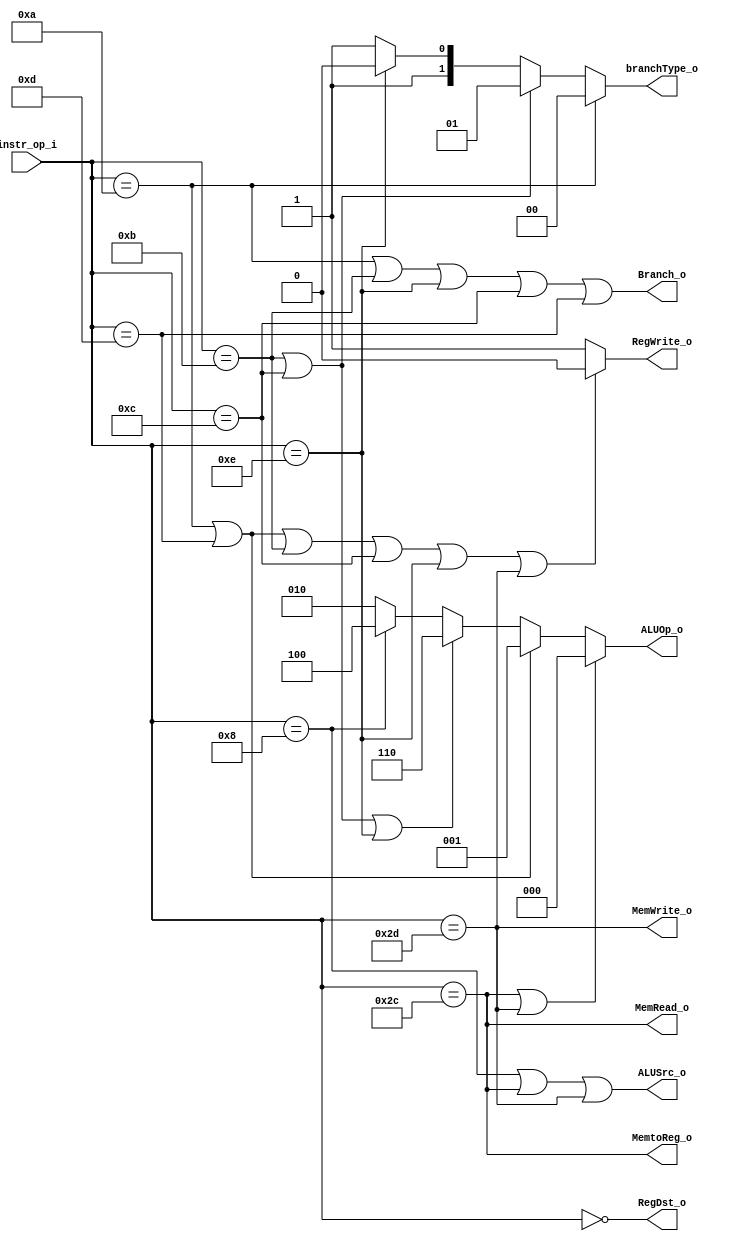
module Decoder(
	instr_op_i,
	RegWrite_o,
	ALUOp_o,
	ALUSrc_o,
	RegDst_o,
	Branch_o,
	branchType_o,
	// Jump_o,
	MemRead_o,
	MemWrite_o,
	MemtoReg_o,
	);

//I/O ports
input	[6-1:0] instr_op_i;

output			RegWrite_o;
output	[3-1:0] ALUOp_o;
output			ALUSrc_o;
output			RegDst_o;
output			Branch_o;
output	[2-1:0] branchType_o;
// output			Jump_o;
output			MemRead_o;
output			MemWrite_o;
output			MemtoReg_o;

//Internal Signals
wire	[3-1:0] ALUOp_o;
wire			ALUSrc_o;
wire			RegWrite_o;
wire			RegDst_o;

wire			Branch_o;
wire 	[2-1:0] branchType_o;
// wire			Jump_o;
wire			MemRead_o;
wire			MemWrite_o;
wire			MemtoReg_o;

//Main function
parameter r_format = 6'b000000, lw = 6'b101100, sw = 6'b101101, 
		beq = 6'b001010, bne = 6'b001011, addi = 6'b001000, 
		// j = 6'b000010, jal = 6'b000011, jr = 6'b000000,
		blt = 6'b001110, bnez = 6'b001100, bgez = 6'b001101;

assign ALUOp_o = (instr_op_i==lw || instr_op_i==sw) ? 3'b000 : // lw, sw
				(instr_op_i==beq || instr_op_i==bgez) ? 3'b001 :  // beq
				(instr_op_i==bne || instr_op_i==bnez || instr_op_i==blt) ? 3'b110 :  // bne
				(instr_op_i==addi) ? 3'b100 : // addi
				3'b010;                       // R-format
assign ALUSrc_o = (instr_op_i==addi || instr_op_i==lw || instr_op_i==sw); // 1 for addi, lw, sw
assign RegWrite_o = (instr_op_i==beq || instr_op_i==bgez || instr_op_i==bne || instr_op_i==bnez || instr_op_i==blt || instr_op_i==sw) ? 1'b0 : 1'b1; // 0 for beq, bne, sw
assign RegDst_o = (instr_op_i==r_format); //(instr_op_i==addi || instr_op_i==lw) ? 1'b0 : 1'b1; // 0 for addi, lw
assign Branch_o = (instr_op_i==beq || instr_op_i==bne || instr_op_i==blt || instr_op_i==bnez || instr_op_i==bgez); // 1 for beq, bne
assign branchType_o = (instr_op_i==beq) ? 2'b00 : 
						(instr_op_i==bne || instr_op_i==bnez) ? 2'b01 :
						(instr_op_i==blt) ? 2'b10 : 2'b11;


// assign Jump_o = (instr_op_i==j || instr_op_i==jal); // 1 for j
assign MemRead_o = (instr_op_i==lw); // 1 for lw
assign MemWrite_o = (instr_op_i==sw); // 1 for sw
assign MemtoReg_o = (instr_op_i==lw); // 1 for lw

endmodule